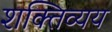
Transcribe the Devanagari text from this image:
शक्तिव्यय